Vaccination in Bombay 1869-1873 - 1869-1873
Year: 1869
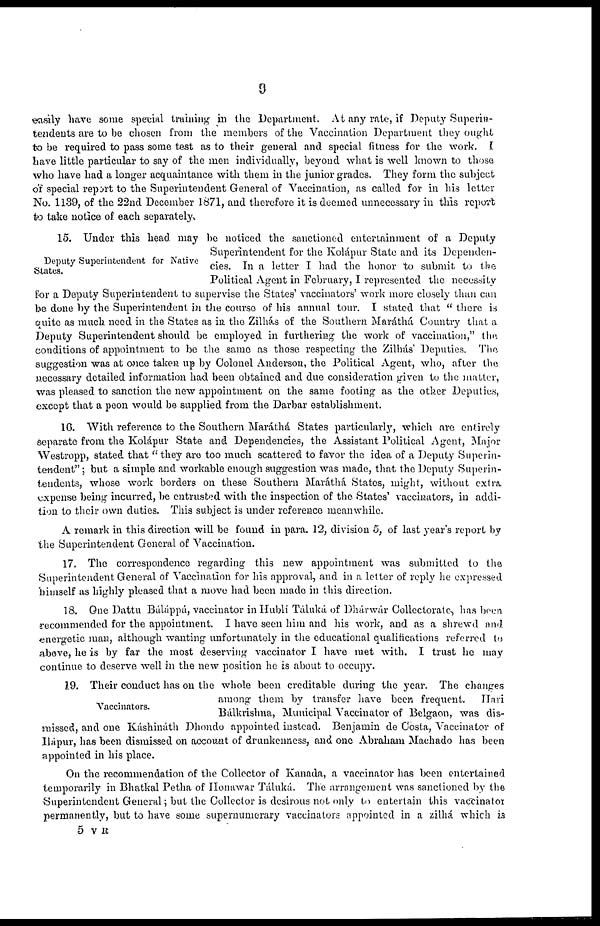
9
easily have some special training in the Department. At any rate, if Deputy Superin-
tendents are to be chosen from the members of the Vaccination Department they ought
to be required to pass some test as to their general and special fitness for the work. I
have little particular to say of the men individually, beyond what is well known to those
who have had a longer acquaintance with them in the junior grades. They form the subject
of special report to the Superintendent General of Vaccination, as called for in his letter
No. 1139, of the 22nd December 1871, and therefore it is deemed unnecessary in this report
to take notice of each separately.
Deputy Superintendent for Native
States.
15. Under this head may be noticed the sanctioned entertainment of a Deputy
Superintendent for the Kolápur State and its Dependen-
cies. In a letter I had the honor to submit to the
Political Agent in February, I represented the necessity
for a Deputy Superintendent to supervise the States' vaccinators' work more closely than can
be done by the Superintendent in the course of his annual tour. I stated that " there is
quite as much need in the States as in the Zilhás of the Southern Maráthá Country that a
Deputy Superintendent should be employed in furthering the work of vaccination," the.
conditions of appointment to be the same as those respecting the Zilhás' Deputies. The
suggestion was at once taken up by Colonel Anderson, the Political Agent, who, after the
necessary detailed information had been obtained and due consideration given to the matter,
was pleased to sanction the new appointment on the same footing as the other Deputies,
except that a peon would be supplied from the Darbar establishment.
16. With reference to the Southern Maráthá States particularly, which are entirely
separate from the Kolápur State and Dependencies, the Assistant Political Agent, Major
Westropp, stated that "they are too much scattered to favor the idea of a Deputy Superin-
tendent" ; but a simple and workable enough suggestion was made, that the Deputy Superin-
tendents, whose work borders on these Southern Maráthá States, might, without extra.
expense being incurred, be entrusted with the inspection of the States' vaccinators, in addi-
tion to their own duties. This subject is under reference meanwhile.
A remark in this direction will be found in para. 12, division 5, of last year's report by
the Superintendent General of Vaccination.
17. The correspondence regarding this new appointment was submitted to the
Superintendent General of Vaccination for his approval, and in a letter of reply he expressed
himself as highly pleased that a move had been made in this direction.
18. One Dattu Báláppá, vaccinator in Hubli Táluká of Dhárwár Collectorate, has been
recommended for the appointment. I have seen him and his work, and as a shrewd and
energetic man, although wanting unfortunately in the educational qualifications referred to
above, he is by far the most deserving vaccinator I have met with. I trust he may
continue to deserve well in the new position he is about to occupy.
Vaccinators.
19. Their conduct has on the whole been creditable during the year. The changes
among them by transfer have been frequent.
Hari
Bálkrishna, Municipal Vaccinator of Belgaon, was dis-
missed, and one Káshináth Dhondo appointed instead. Benjamin de Costa, Vaccinator of
Hápur, has been dismissed on account of drunkenness, and one Abraham Machado has been
appointed in his place.
On the recommendation of the Collector of Kanada, a vaccinator has been entertained
temporarily in Bhatkal Petha of Honawar Táluká. The arrangement was sanctioned by the
Superintendent General; but the Collector is desirous not only to entertain this vaccinator
permanently, but to have some supernumerary vaccinators appointed in a zilhá which is
5 V R